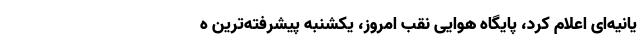
یانیه‌ای اعلام کرد، پایگاه هوایی نقب امروز، یکشنبه پیشرفته‌ترین ه